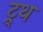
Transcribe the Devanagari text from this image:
ट्र्थ